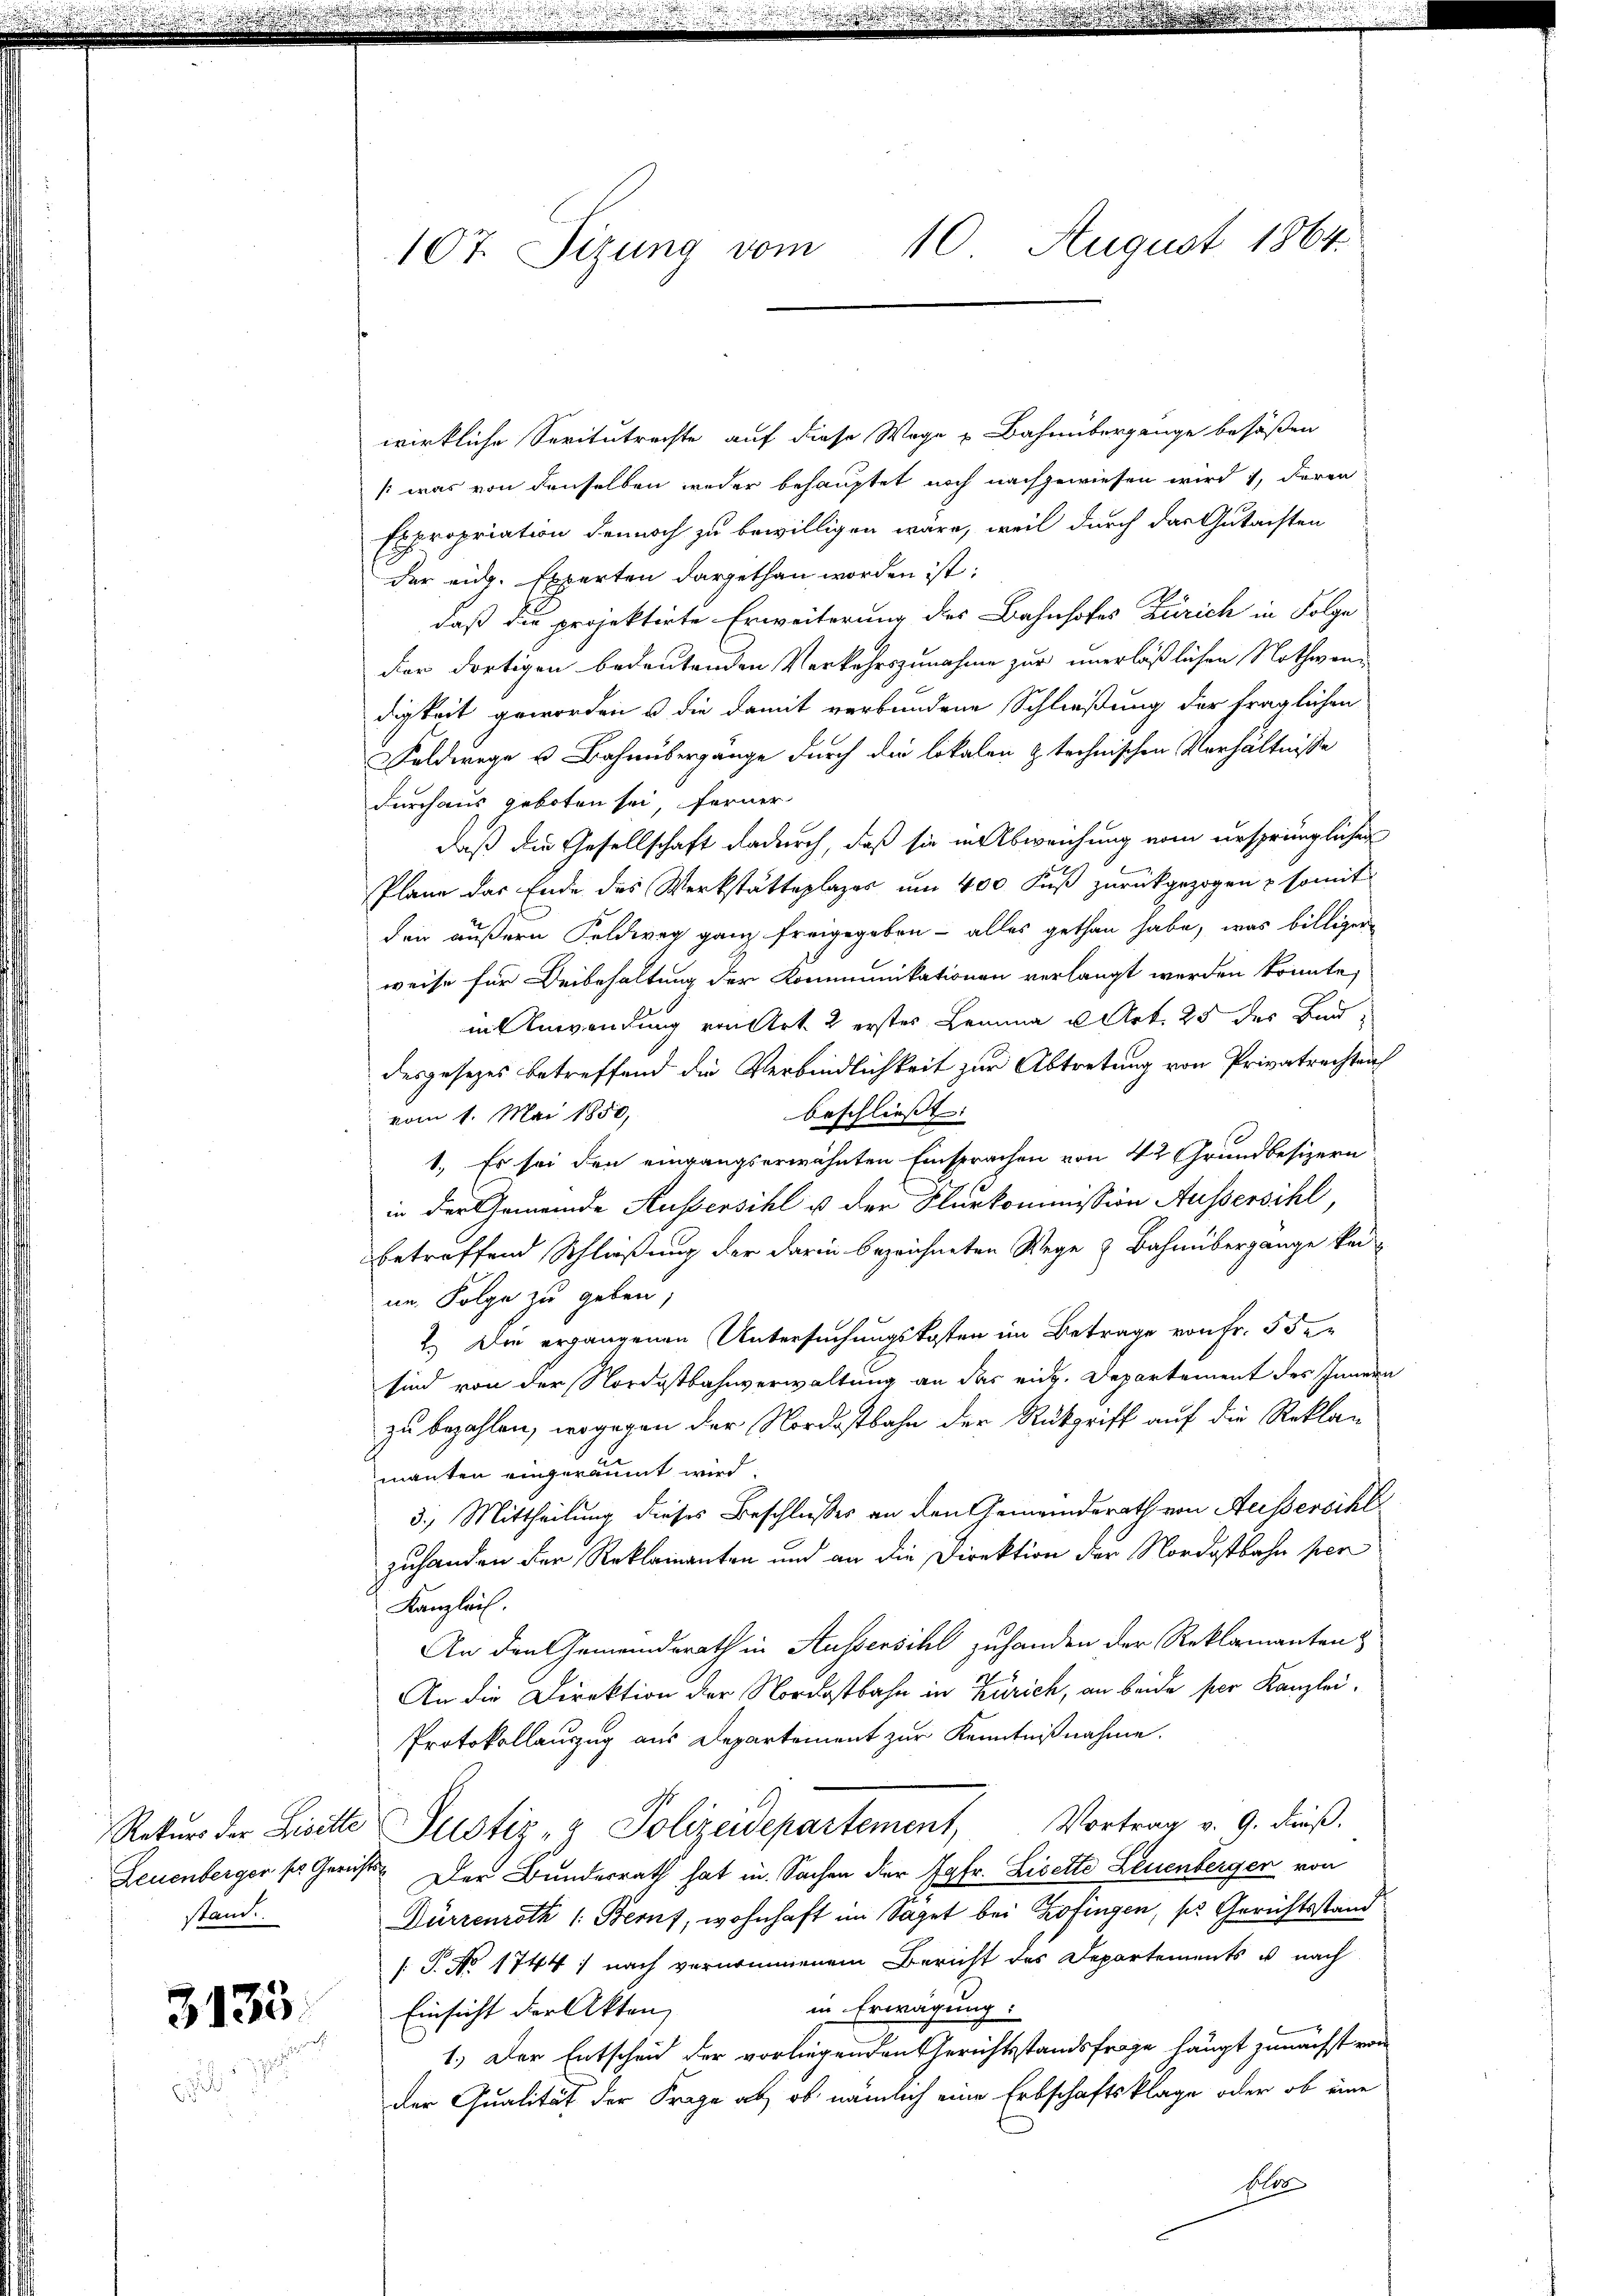
Stand

3135

107. Sizung vom 10. August 1864.

wirkliche Seritutrachte auf diese Wege Bahnübergänge besäßen
/: was von denselben weder behauptet noch nachgewiesen wird 1, deren
Expropriation dennoch zu bewilligen wäre, weil durch das Gutachten
der eidg. Experten dargethan worden ist:
daß die projektirte Erweiterung des Bahnhofes Zürich in Folge
der dortigen bedeutenden Verkehrszunahme zur unerläßlichen Nothwendigkeit geworden & die damit verbundene Schließung der fraglichen
Feldwege u. Bahnübergänge durch die lokalen & technischen Verhältnisse
durchaus geboten sei, ferner
daß die Gesellschaft dadurch, daß sie in Abweichung vom ursprünglichen
Plane das Ende des Werkstätteplages um 400 Fuß zurückgezogen & somit
den äußern Feldweg ganz freigegeben - alles gethan habe, was billiger
weise für Beibehaltung der Kommunikationen verlangt werden könnte,
in Anwendung von Art. 2 erstes Lemma u. Art. 25 des Bau-
desgesezes betreffend die Verbindlichkeit zur Abtretung von Privatrechten
beschliesst:
vom 1. Mai 1850,
1.) Es sei den eingangserwähnten Einsprachen von 42 Grundbesizern
in der Gemeinde Kussersihl u der Flurkommission Aussersihl,
betreffend Schließung der darin bezeichneten Wege & Bahnübergange keine Folge zu geben;
2. Die ergangenen Untersuchungskosten im Betrage von Fr. 5 desind von der Nordostbahnverwaltung an das eid. Departement des Innern
zu bezahlen, wogegen der Nordostbahn der Rückgriff auf die Reklag
manten eingeräumt wird.
3.) Mittheilung dieses Beschlusses an den Gemeinderath von Heissersihl
zuhanden der Reklamanten und an die Direktion der Nordostbahn per
Kanzlei.
An den Gemeindsrath in Aussersihl zuhanden der Reklamanten
i
8
An die Direktion der Nordostbahn in Zürich, an beide per Kanzlei¬
Protokollauszug aus Departement zur Kenntnißnahme.
Rekurs der Licittie Justiz- & Polizeidepartement, Vortrag v. 9. dieß.
Leuenberger so Gericht. Der Bundesrath hat in Sachen der Jgfr. Liselte Leuenberger von
Dürrenroth |: Beruf, wohnhaft im Säget bei Zofingen, s. Gerichtsstand
[T. No 1744: nach vernommenem Bericht des Departements u. nach
in Erwägung:
Einsicht der Akten,
1.) Der Entscheid der vorliegenden Gerichtsstandsfrage haupt zunächst von
der Qualität der Frage ab, ob nämlich eine Erbschaftsklage oder ob eine
Gele